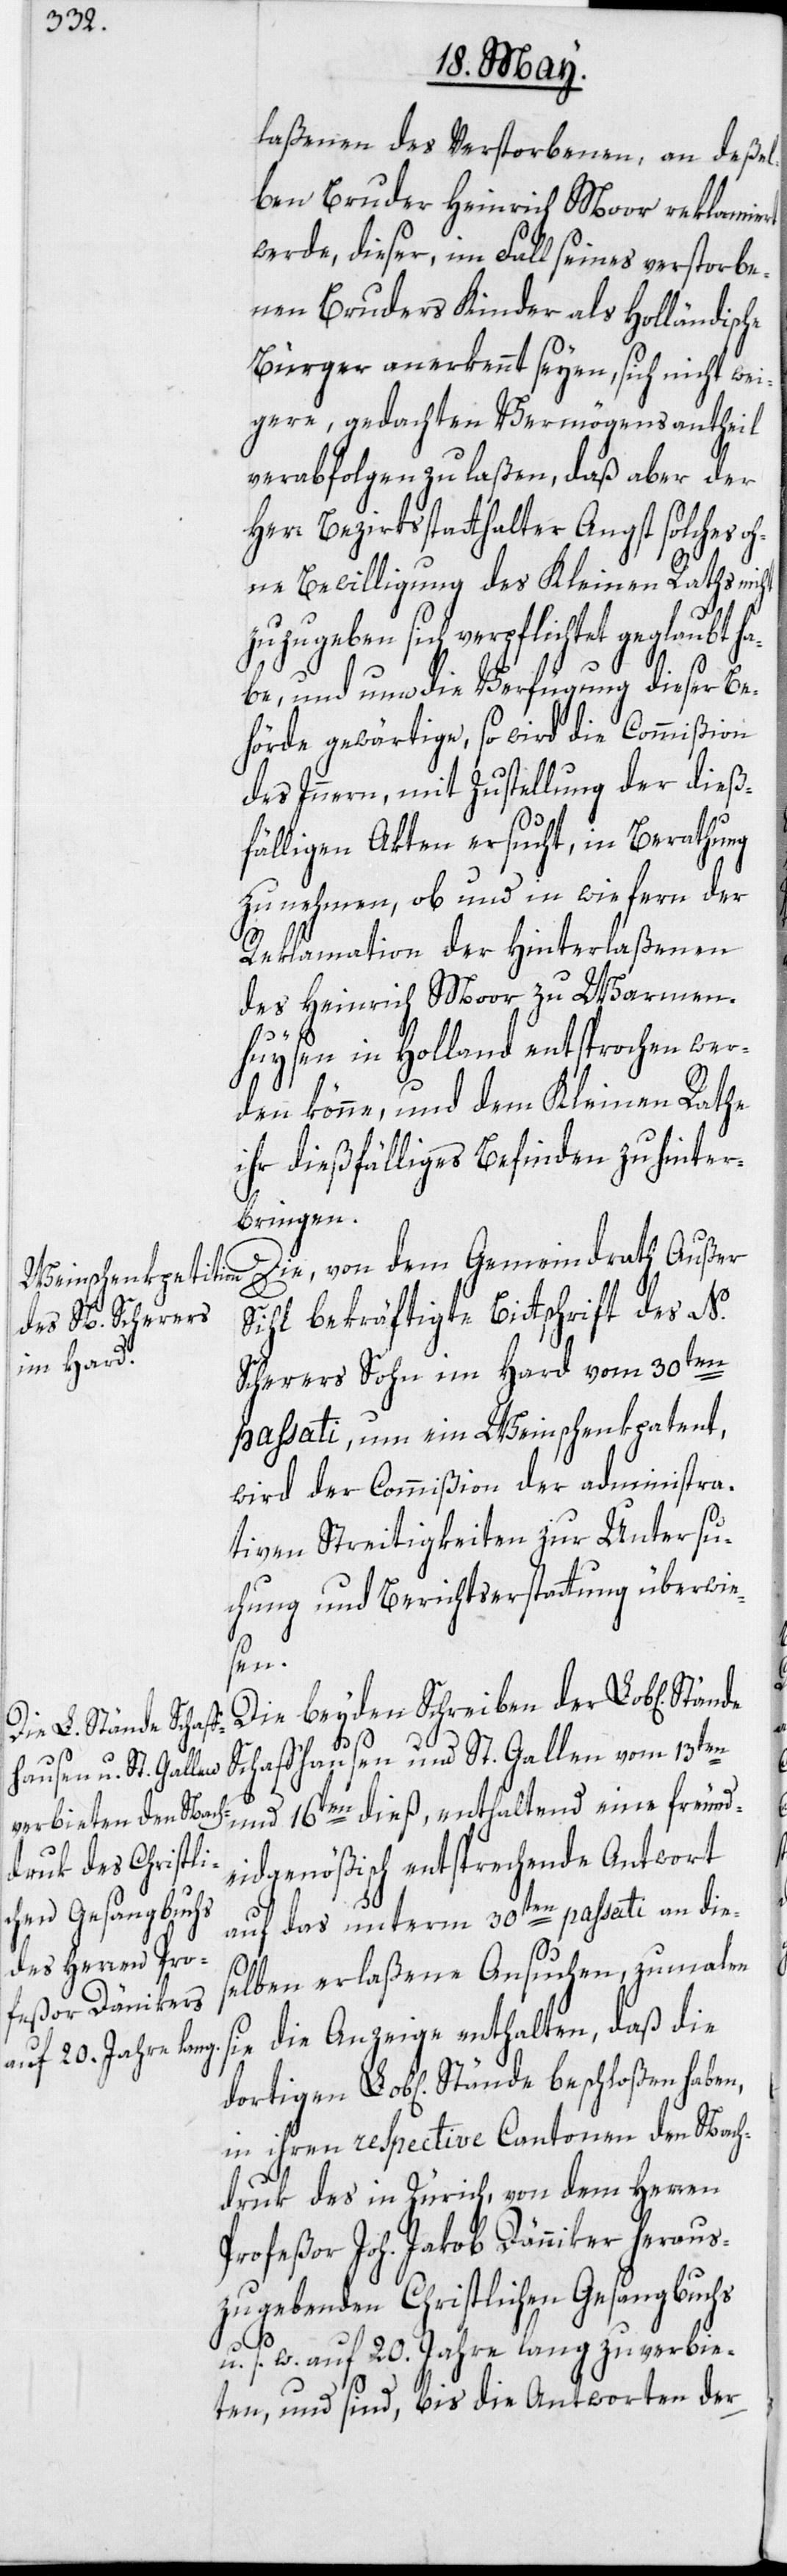
laßenen des Verstorbenen, an deßel¬
ben Bruder Heinrich Moor reklamiert
werde, dieser, im Fall seines verstorbe¬
nen Bruders Kinder als Holländische
Bürger anerkennt seyen, sich nicht wei¬
gere, gedachten Vermögensantheil
verabfolgen zu laßen, daß aber der
Herr Bezirksstatthalter Angst solches o¬
hne Bewilligung des Kleinen Raths nicht
zuzugeben sich verpflichtet geglaubt ha¬
be, und nun die Verfügung dieser Be¬
hörde gewärtige, so wird die Commißion
des Innern, mit Zustellung der dieß¬
fälligen Akten ersucht, in Berathung
zu nehmen, ob und in wie fern der
Reklamation der Hinterlaßenen
des Heinrich Moor zu Warmen¬
huysen in Holland entsprochen wer¬
den könne, und dem Kleinen Rathe
ihr dießfälliges Befinden zu hinter¬
bringen.
Die, von dem Gemeindrath Außer
Sihl bekräftigte Bittschrift des N.
Scherers Sohn im Hard vom 30ten
passati, um ein Weinschenkpatent,
wird der Commißion der administra¬
tiven Streitigkeiten zur Untersu¬
chung und Berichtserstattung überwie¬
sen.
Die beyden Schreiben der Lob[lichen]
Schaffhausen und St. Gallen vom 13ten
und 16ten dieß, enthaltend eine freund¬
eidgenößisch entsprechende Antwort
auf das unterm 30ten passati an die¬
selben erlaßene Ansuchen, zumalen
sie die Anzeige enthalten, daß die
Lob[lichen] Stände beschloßen haben,
in ihren respective Cantonen den Nach¬
druk des in Zürich, von dem Herren
Profeßor Joh. Jakob Dänniker [sic!]
zugebenden Christlichen Gesangbuchs
aus¬
u. s. w. auf 20. Jahre lang zu verbie¬
ten, und sind, bis die Antworten der